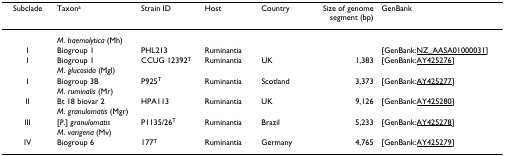
| Subclade | Taxona | Strain ID | Host | Country | Size of genome segment (bp) | GenBank |
 | --- | --- | --- | --- | --- | --- | --- |
 |  | M. haemolytica (Mh) |  |  |  |  |  |
 | I | Biogroup 1 | PHL213 | Ruminantia |  |  | [GenBank:NZ_AASA01000031] |
 | I | Biogroup 1 | CCUG 12392T | Ruminantia | UK | 1,383 | [GenBank:AY425276] |
 |  | M. glucosida (Mgl) |  |  |  |  |  |
 | I | Biogroup 3B | P925T | Ruminantia | Scotland | 3,373 | [GenBank:AY425277] |
 |  | M. ruminalis (Mr) |  |  |  |  |  |
 | II | Bt 18 biovar 2 | HPA113 | Ruminantia | UK | 9,126 | [GenBank:AY425280] |
 |  | M. granulomatis (Mgr) |  |  |  |  |  |
 | III | [P.] granulomatis | P1135/26T | Ruminantia | Brazil | 5,233 | [GenBank:AY425278] |
 |  | M. varigena (Mv) |  |  |  |  |  |
 | IV | Biogroup 6 | 177T | Ruminantia | Germany | 4,765 | [GenBank:AY425279] |